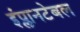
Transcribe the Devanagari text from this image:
इंप्लानटेबल